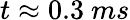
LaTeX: t\approx 0.3~ms